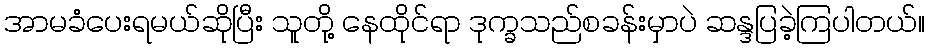
အာမခံပေးရမယ်ဆိုပြီး သူတို့ နေထိုင်ရာ ဒုက္ခသည်စခန်းမှာပဲ ဆန္ဒပြခဲ့ကြပါတယ်။